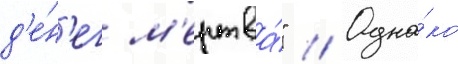
д'е́н'ег м'ертва́" // Одна́ко